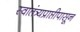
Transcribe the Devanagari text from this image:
स्वातंत्र्यप्राप्तीपासून